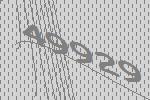
49929